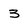
Character: 3